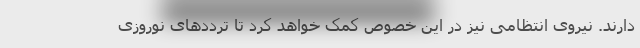
دارند. نیروی انتظامی نیز در این خصوص کمک خواهد کرد تا ترددهای نوروزی